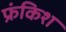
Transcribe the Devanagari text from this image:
फ्रंकिश